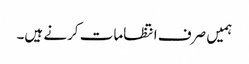
ہمیں صرف انتظامات کرنے ہیں۔